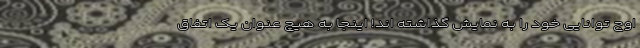
اوج توانایی خود را به نمایش گذاشته اند! اینجا به هیچ عنوان یک اتفاق